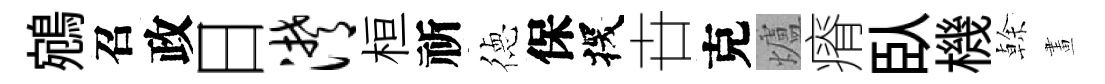
鵷召政日潸桓祈徳保探卋克爐瘠臥機𠏉畫